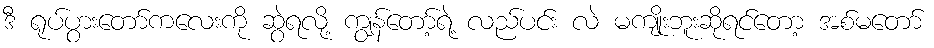
ဒီ ရုပ်ပွားတော်ကလေးကို ဆွဲရလို့ ကျွန်တော့်ရဲ့ လည်ပင်း လဲ မကျိုးဘူးဆိုရင်တော့ အစ်မတော်